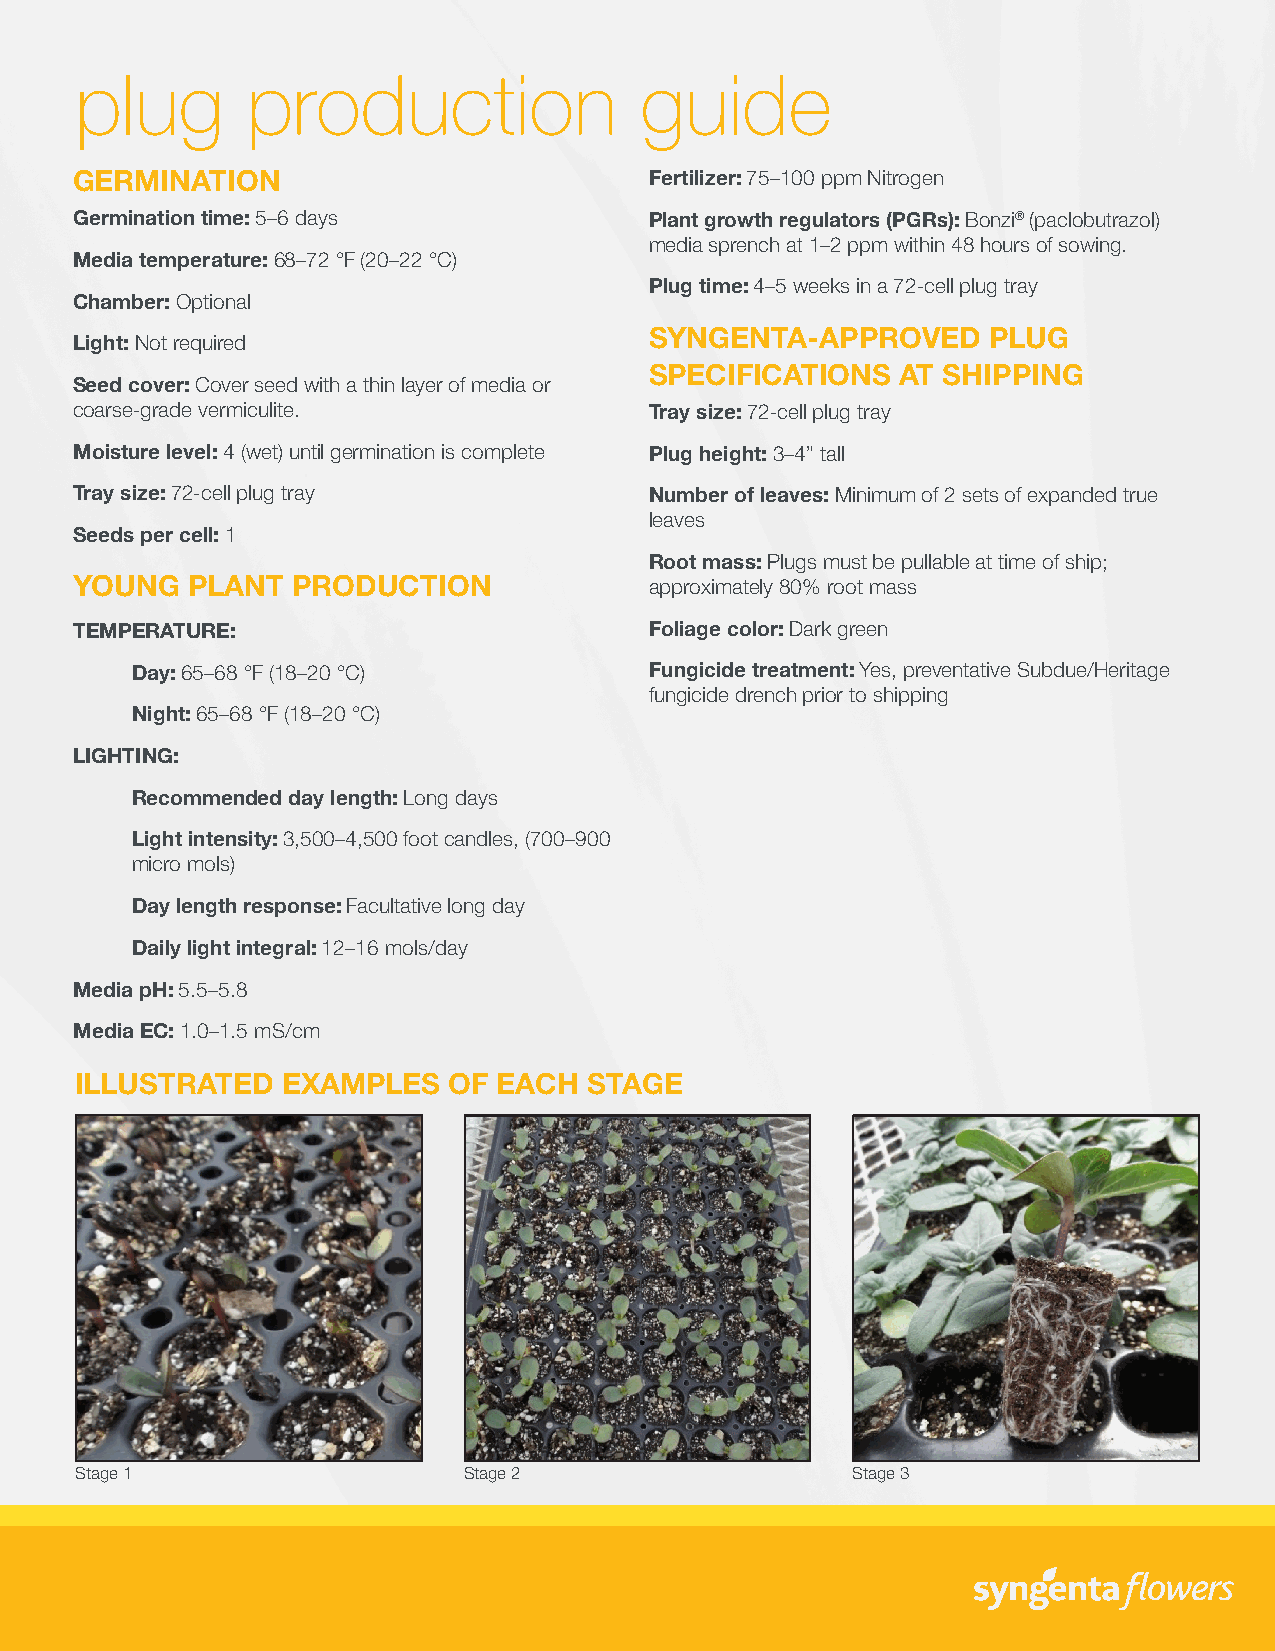
plug       production                guide
 GERMINATION                           Fertilizer: 75–100 ppm Nitrogen
 Germination time: 5–6 days            Plant growth regulators (PGRs): Bonzi® (paclobutrazol)
 media sprench at 1–2 ppm within 48 hours of sowing.
 Media temperature: 68–72 °F (20–22 °C)
 Plug time: 4–5 weeks in a 72-cell plug tray
 Chamber: Optional
 SYNGENTA-APPROVED     PLUG
 Light: Not required
 SPECIFICATIONS   AT SHIPPING
 Seed cover: Cover seed with a thin layer of media or
 coarse-grade vermiculite.             Tray size: 72-cell plug tray
 Moisture level: 4 (wet) until germination is complete Plug height: 3–4” tall
 Tray size: 72-cell plug tray          Number of leaves: Minimum of 2 sets of expanded true
 leaves
 Seeds per cell: 1
 Root mass: Plugs must be pullable at time of ship;
 YOUNG  PLANT  PRODUCTION              approximately 80% root mass
 TEMPERATURE:                          Foliage color: Dark green
 Day: 65–68 °F (18–20 °C)          Fungicide treatment: Yes, preventative Subdue/Heritage
 fungicide drench prior to shipping
 Night: 65–68 °F (18–20 °C)
 LIGHTING:
 Recommended day length: Long days
 Light intensity: 3,500–4,500 foot candles, (700–900
 micro mols)
 Day length response: Facultative long day
 Daily light integral: 12–16 mols/day
 Media pH: 5.5–5.8
 Media EC: 1.0–1.5 mS/cm
 ILLUSTRATED   EXAMPLES   OF EACH  STAGE
 Stage 1                   Stage 2                  Stage 3